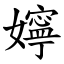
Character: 嬣